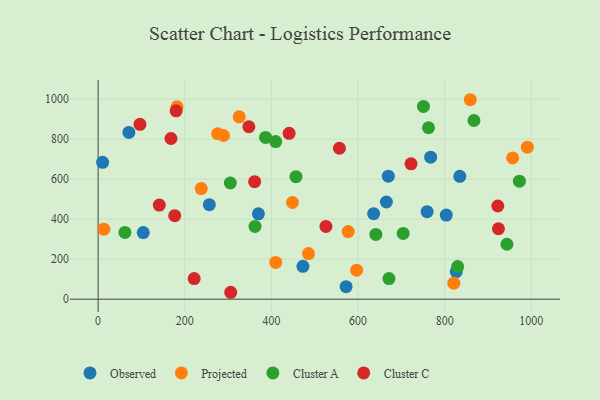
{"axis": {"x": "Speed", "y": "Profit"}, "legend": ["Cluster A", "Cluster C", "Observed", "Projected"], "data": [{"x": "370.0", "y": 426.4, "type": "Observed"}, {"x": "767.6", "y": 709.7, "type": "Observed"}, {"x": "71.0", "y": 832.9, "type": "Observed"}, {"x": "256.7", "y": 472.3, "type": "Observed"}, {"x": "669.9", "y": 614.6, "type": "Observed"}, {"x": "572.4", "y": 62.5, "type": "Observed"}, {"x": "104.2", "y": 333.0, "type": "Observed"}, {"x": "472.8", "y": 164.4, "type": "Observed"}, {"x": "803.7", "y": 420.1, "type": "Observed"}, {"x": "636.0", "y": 427.2, "type": "Observed"}, {"x": "834.9", "y": 613.6, "type": "Observed"}, {"x": "826.8", "y": 138.0, "type": "Observed"}, {"x": "759.5", "y": 437.0, "type": "Observed"}, {"x": "10.4", "y": 683.8, "type": "Observed"}, {"x": "665.4", "y": 485.5, "type": "Observed"}, {"x": "410.0", "y": 183.9, "type": "Projected"}, {"x": "859.0", "y": 996.5, "type": "Projected"}, {"x": "325.7", "y": 911.2, "type": "Projected"}, {"x": "276.0", "y": 826.9, "type": "Projected"}, {"x": "990.9", "y": 759.7, "type": "Projected"}, {"x": "182.3", "y": 961.2, "type": "Projected"}, {"x": "289.5", "y": 817.7, "type": "Projected"}, {"x": "485.6", "y": 228.0, "type": "Projected"}, {"x": "577.3", "y": 338.0, "type": "Projected"}, {"x": "956.9", "y": 705.7, "type": "Projected"}, {"x": "596.8", "y": 144.9, "type": "Projected"}, {"x": "238.0", "y": 552.8, "type": "Projected"}, {"x": "821.1", "y": 80.2, "type": "Projected"}, {"x": "448.7", "y": 483.1, "type": "Projected"}, {"x": "13.2", "y": 350.0, "type": "Projected"}, {"x": "641.1", "y": 323.8, "type": "Cluster A"}, {"x": "671.4", "y": 103.0, "type": "Cluster A"}, {"x": "456.7", "y": 612.1, "type": "Cluster A"}, {"x": "704.2", "y": 328.4, "type": "Cluster A"}, {"x": "751.0", "y": 962.9, "type": "Cluster A"}, {"x": "867.6", "y": 892.8, "type": "Cluster A"}, {"x": "829.9", "y": 163.0, "type": "Cluster A"}, {"x": "386.5", "y": 808.0, "type": "Cluster A"}, {"x": "762.7", "y": 856.5, "type": "Cluster A"}, {"x": "362.2", "y": 363.8, "type": "Cluster A"}, {"x": "943.7", "y": 274.5, "type": "Cluster A"}, {"x": "305.2", "y": 580.4, "type": "Cluster A"}, {"x": "61.9", "y": 333.6, "type": "Cluster A"}, {"x": "409.8", "y": 787.2, "type": "Cluster A"}, {"x": "972.5", "y": 589.5, "type": "Cluster A"}, {"x": "348.0", "y": 861.6, "type": "Cluster C"}, {"x": "525.9", "y": 363.6, "type": "Cluster C"}, {"x": "141.2", "y": 470.2, "type": "Cluster C"}, {"x": "180.0", "y": 941.0, "type": "Cluster C"}, {"x": "440.9", "y": 828.4, "type": "Cluster C"}, {"x": "306.1", "y": 34.6, "type": "Cluster C"}, {"x": "557.1", "y": 754.2, "type": "Cluster C"}, {"x": "168.2", "y": 802.9, "type": "Cluster C"}, {"x": "96.6", "y": 873.5, "type": "Cluster C"}, {"x": "221.7", "y": 102.9, "type": "Cluster C"}, {"x": "176.8", "y": 417.4, "type": "Cluster C"}, {"x": "361.3", "y": 587.0, "type": "Cluster C"}, {"x": "722.3", "y": 676.2, "type": "Cluster C"}, {"x": "922.6", "y": 465.5, "type": "Cluster C"}, {"x": "924.1", "y": 352.0, "type": "Cluster C"}]}